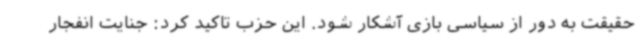
حقیقت به دور از سیاسی بازی آشکار شود. این حزب تاکید کرد: جنایت انفجار